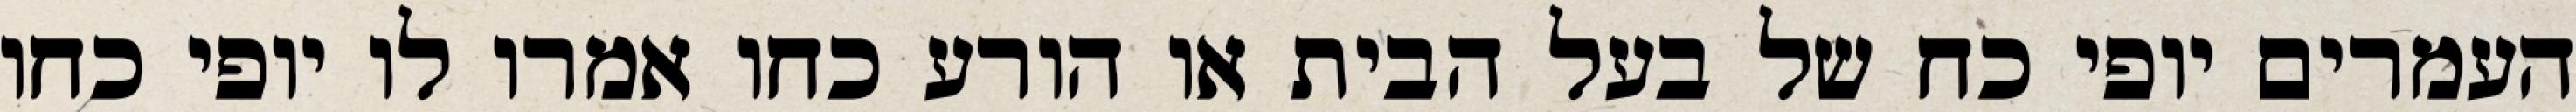
העמרים יופי כח של בעל הבית או הורע כחו אמרו לו יופי כחו